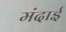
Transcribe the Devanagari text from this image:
मंदाई